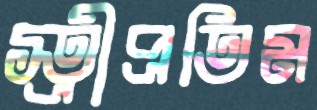
স্ত্রীপ্রতিম